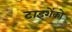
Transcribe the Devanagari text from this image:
टाइशेंको